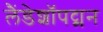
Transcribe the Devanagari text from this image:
लैंडेशॉपट्मन